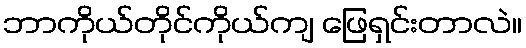
ဘာကိုယ်တိုင်ကိုယ်ကျ ဖြေရှင်းတာလဲ။